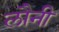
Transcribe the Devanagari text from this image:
लौनी